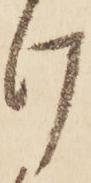
け